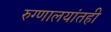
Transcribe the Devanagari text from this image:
रुग्णालयांतही